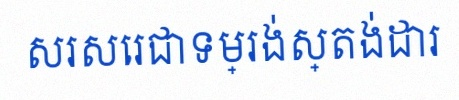
សរសេរជាទម្រង់ស្តង់ដារ